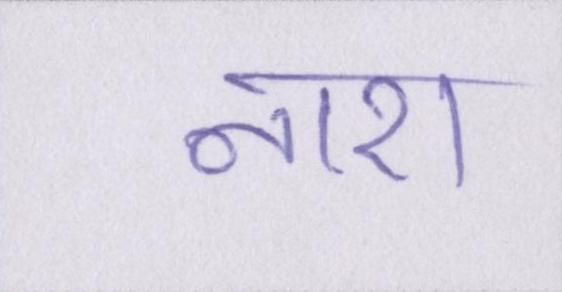
नाश